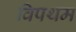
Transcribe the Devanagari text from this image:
विपथम